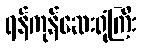
ရန်ကုန်ဆေးရုံကြီး